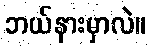
ဘယ်နားမှာလဲ။